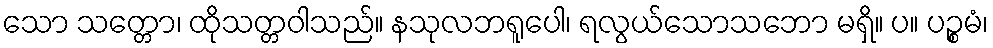
သော သတ္တော၊ ထိုသတ္တဝါသည်။ နသုလဘရူပေါ၊ ရလွယ်သောသဘော မရှိ။ ပ။ ပဉ္စမံ၊